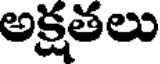
అక్షతలు